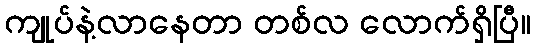
ကျုပ်နဲ့လာနေတာ တစ်လ လောက်ရှိပြီ။